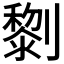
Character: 𠠍